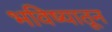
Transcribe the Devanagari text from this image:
भविष्यातून